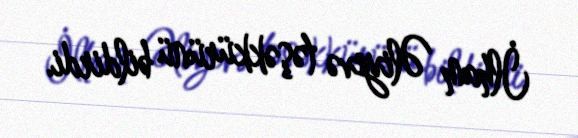
İlham Əliyevə təşəkkürünü bildirdi.